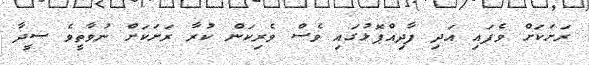
ރަށަކަށް ވެފައި އަދި ފާދިއްޕޮޅުގައި ވެސް ވެރިކަން ކުރާ ރަށަކަށް ނުވާތީވެ ސީދާ